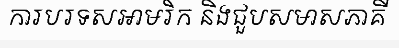
ការបរទសអាមរិក និងជួបសមាសភាគី